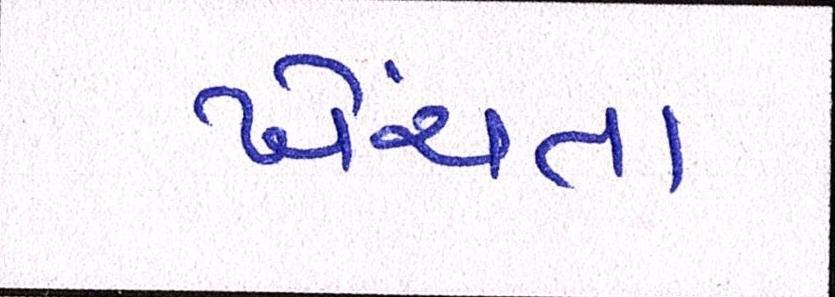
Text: ખેંચતા